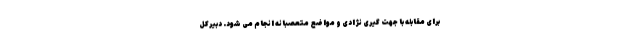
برای مقابله با جهت گیری نژادی و مواضع متعصبانه انجام می شود. دبیرکل